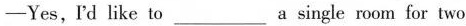
-Yes,rdlike to_________a single rmom for two